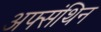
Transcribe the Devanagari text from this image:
अफ्संथिन